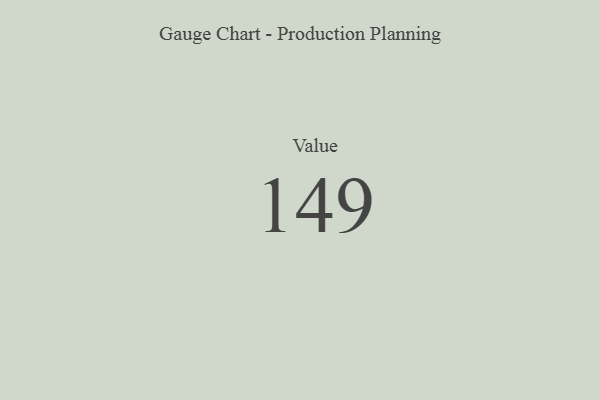
{"axis": {"x": "Metric", "y": "Value"}, "legend": [""], "data": [{"x": "Value", "y": 149, "type": ""}]}